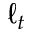
\ell _ { t }